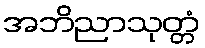
အဘိညာသုတ္တံ